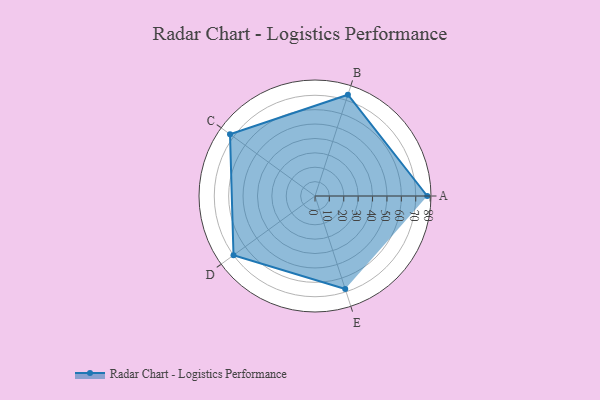
{"axis": {"x": "Skill", "y": "Score"}, "legend": ["Profile"], "data": [{"x": "A", "y": 78.0, "type": "Profile"}, {"x": "B", "y": 74.0, "type": "Profile"}, {"x": "C", "y": 73.0, "type": "Profile"}, {"x": "D", "y": 70.0, "type": "Profile"}, {"x": "E", "y": 68.0, "type": "Profile"}]}